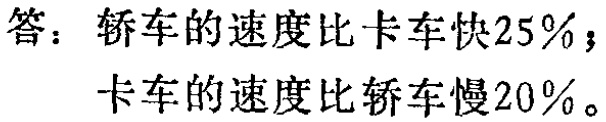
答：轿车的速度比卡车快\(25\%\)；

卡车的速度比轿车慢\(20\%\)。